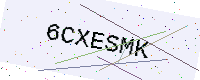
Text: 6CXESMK